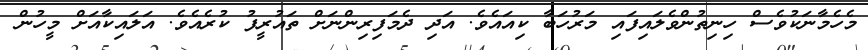
މެހެމާނަކުވެސް ހިނިތުންވެލައިފައި މަރުހަބާ ކިއައެވެ. އަދި ދެމަފިރިންނަށް ތައުރީފު ކުރެއެވެ. އަލައިކާއަށް މީހުން